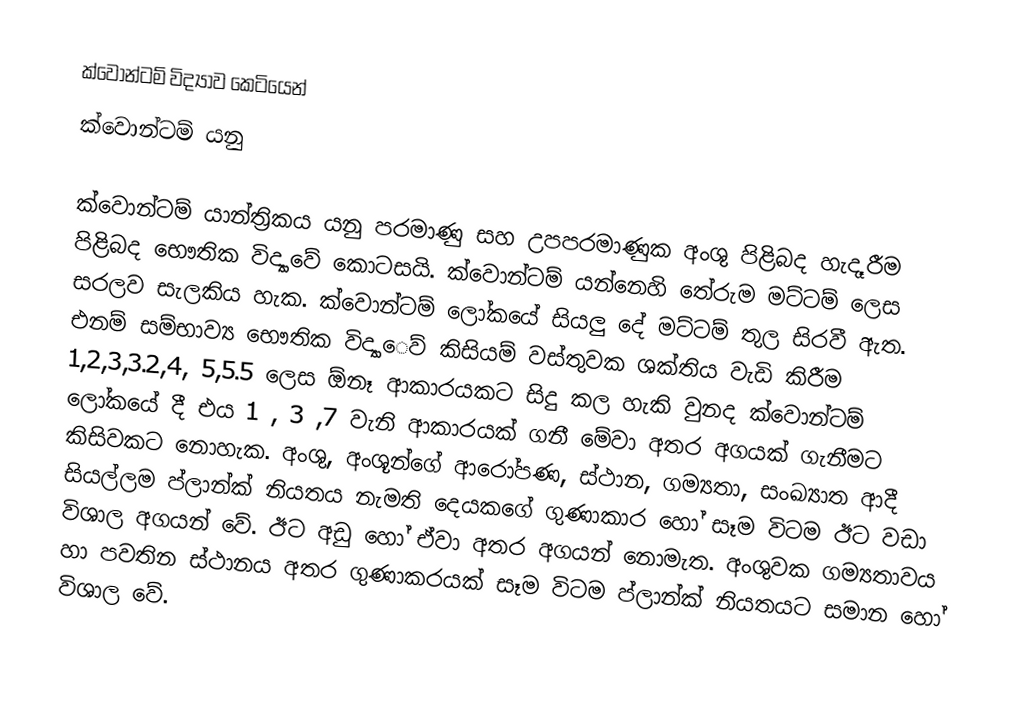
ක්වොන්ටම් විද්‍යාව කෙටියෙන්
ක්වොන්ටම් යනු

ක්වොන්ටම් යාන්ත්‍රිකය යනු පරමාණු සහ උපපරමාණුක අංශු පිළිබද හැදෑරීම පිළිබද භෞතික විද්‍යාවේ කොටසයි. ක්වොන්ටම් යන්නෙහි තේරුම මට්ටම් ලෙස සරලව සැලකිය හැක. ක්වොන්ටම් ලෝකයේ සියලු දේ මට්ටම් තුල සිරවී ඇත. එනම් සම්භාව්‍ය භෞතික විද්‍යාෙව් කිසියම් වස්තුවක ශක්තිය වැඩි කිරීම 1,2,3,3.2,4, 5,5.5 ලෙස ඕනෑ ආකාරයකට සිදු කල හැකි වුනද ක්වොන්ටම් ලෝකයේ දී එය 1 , 3 ,7 වැනි ආකාරයක් ගනී මේවා අතර අගයක් ගැනීමට කිසිවකට නොහැක. අංශු, අංශූන්ගේ ආරෝපණ, ස්ථාන, ගම්‍යතා, සංඛ්‍යාත ආදී සියල්ලම ප්ලාන්ක් නියතය නැමති දෙයකගේ ගුණාකාර හෝ සෑම විටම ඊට වඩා විශාල අගයන් වේ. ඊට අඩු හෝ ඒවා අතර අගයන් නොමැත. අංශුවක ගම්‍යතාවය හා පවතින ස්ථානය අතර ගුණාකරයක් සෑම විටම ප්ලාන්ක් නියතයට සමාන හෝ විශාල වේ.